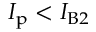
\boldsymbol { I _ { \mathrm { p } } < I _ { \mathrm { B } 2 } }